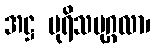
အဋ္ဌ ပုရိသပုဂ္ဂလာ၊